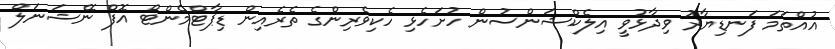
އުއްތަމަ ފަނޑިޔާރު ވިދާޅުވީ އިލެކްޝަންސުން ހުށަހެޅި ހެކިވެރިންގެ ތެރެއިން ޑިޕާޓްމެންޓް އޮފް ނޭޝަނަލް